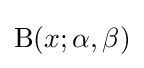
\mathrm {B} (x;\alpha ,\beta )